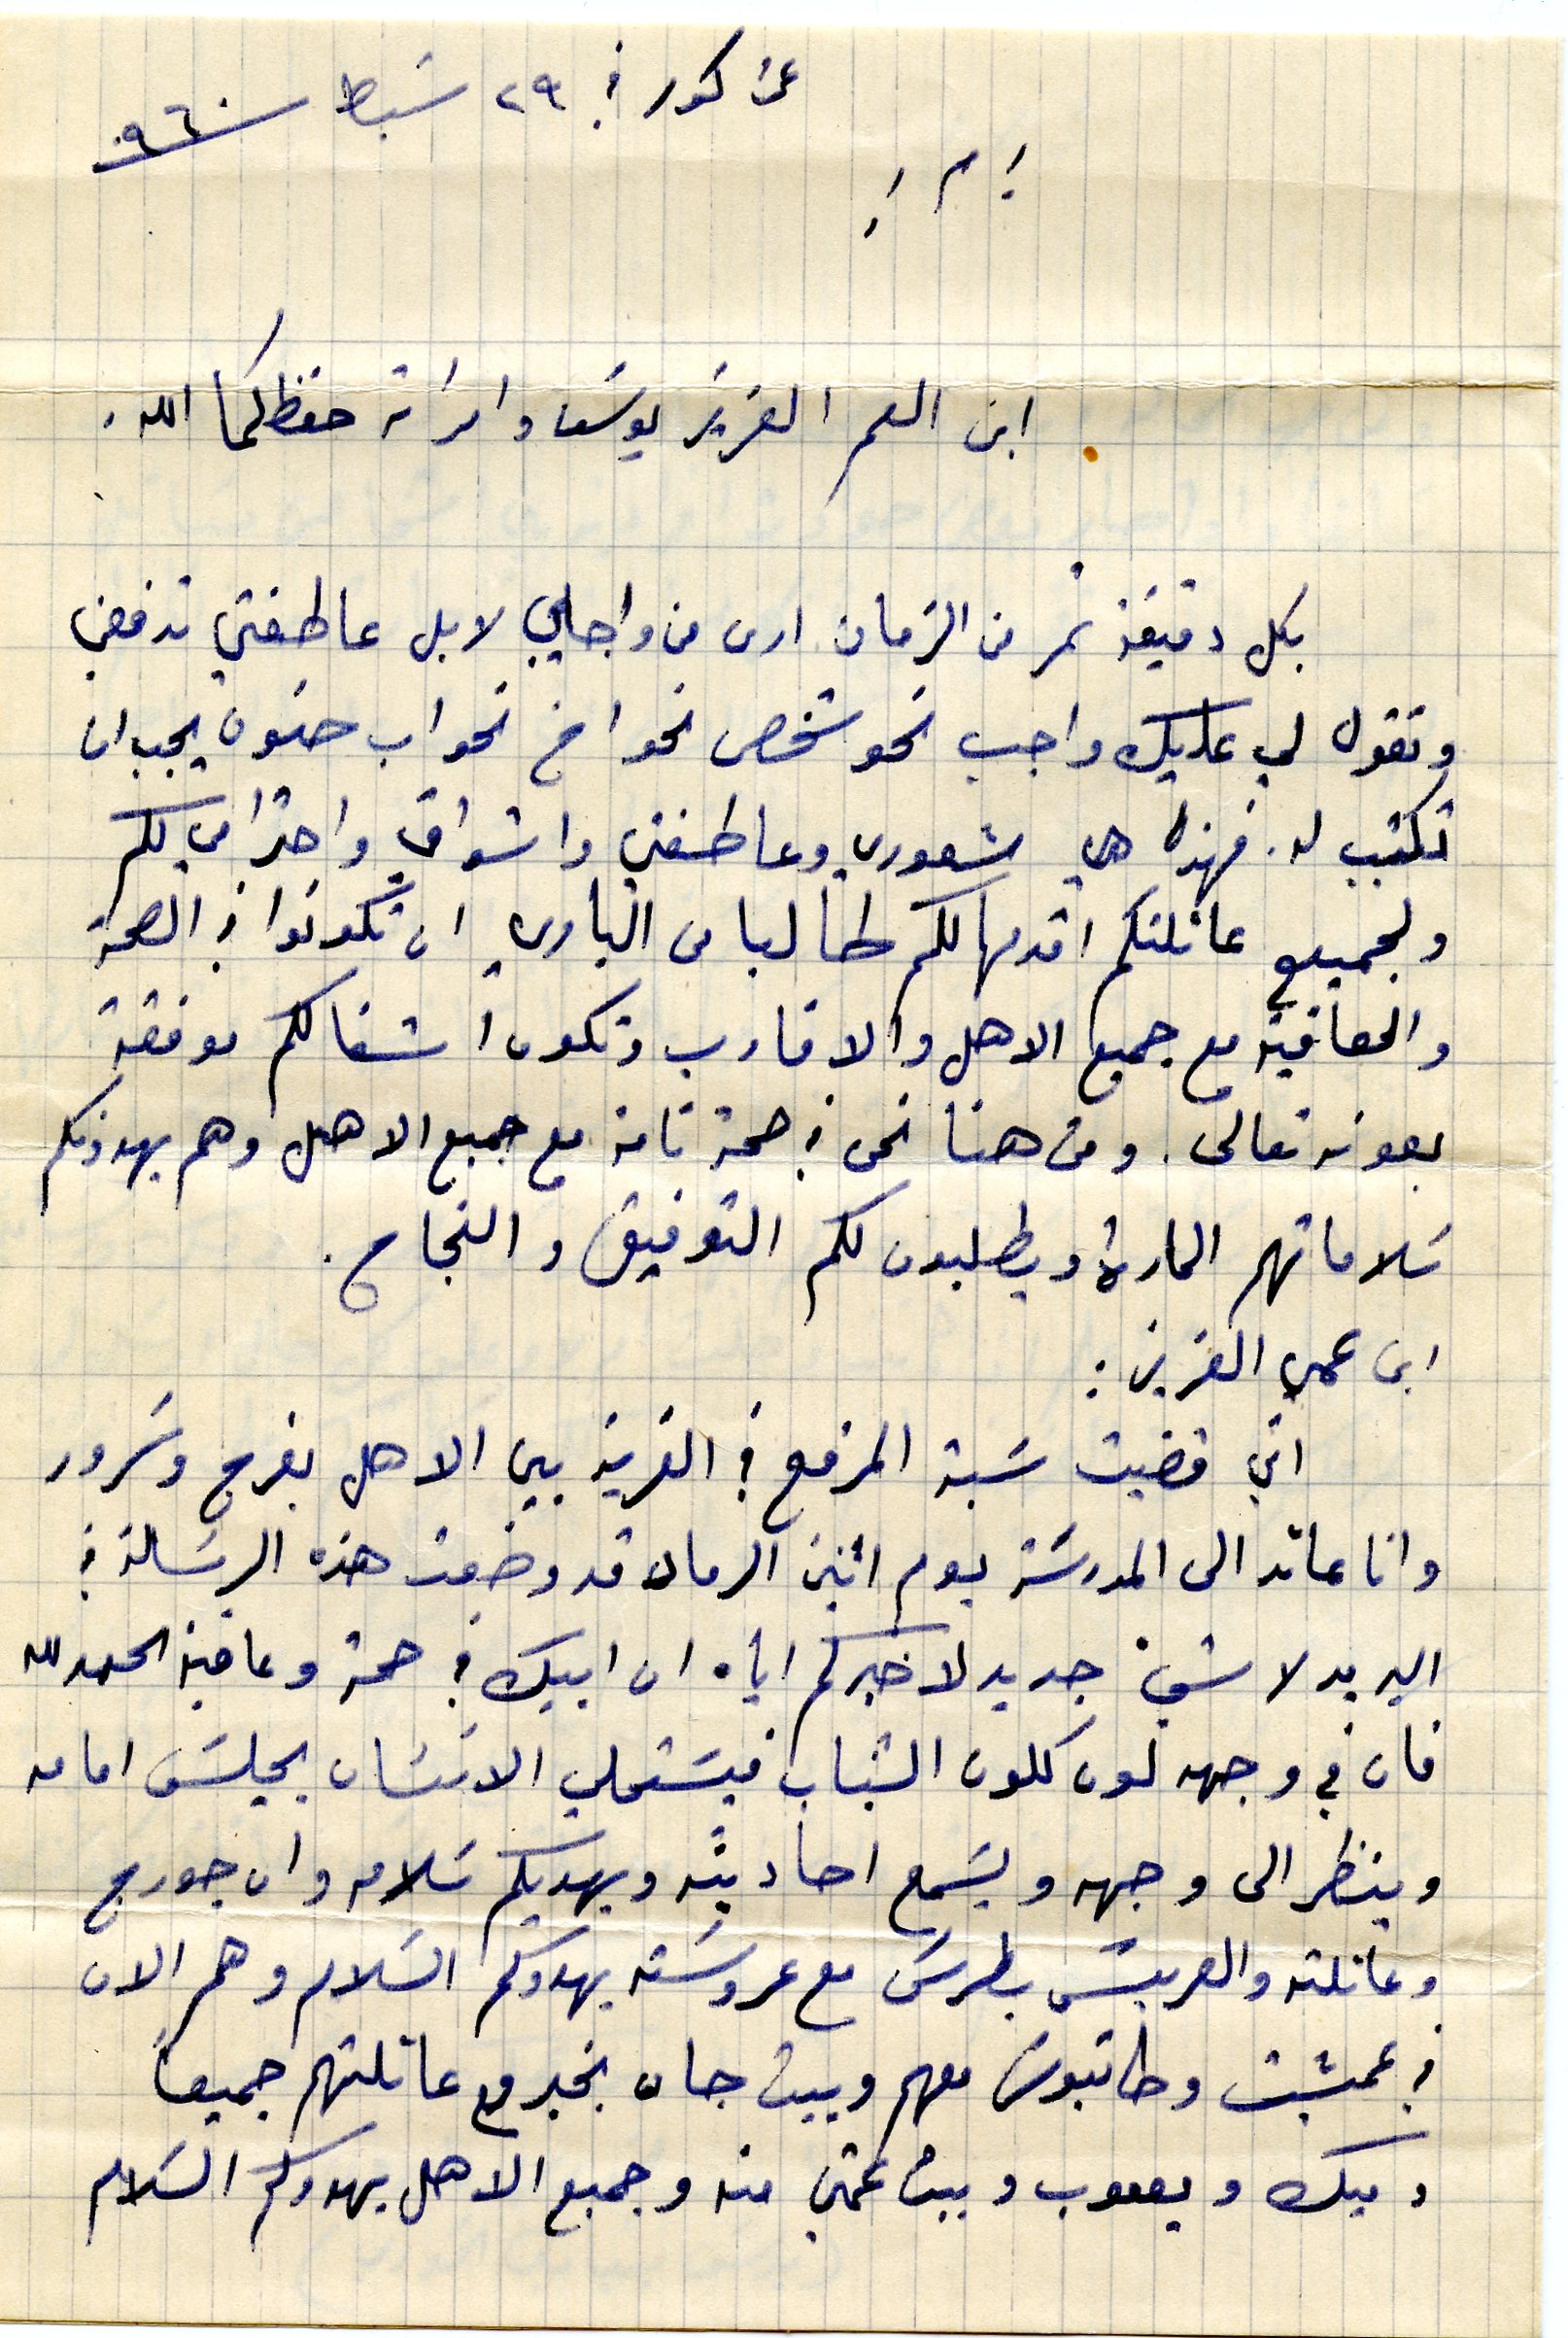
عن كور في ٢٩ شباط سنة ٩٦٠
ابن العم العزيز يوسف وامراته حفظكما الله.
بكل دقيقة تمر من الزمان ارى من واجابي لا بل عاطفتي ترفض
وتقول لي عليك واجب نحو شخص نحو اخ نحو اب حنون يجب ان
تكتب له. فهذا هي شعوري وعاطفتي واشواقي واحترامي لكم
ولجميع عائلتكم اثديها لكم طالبا من الباري ان تكونوا في الصحة
والعافية مع جميع الاهل والاقارب وتكون اشغالكم موفقة
بعونه تعالى. ومن هنا نحن في صحة تامة مع جميع الاهل وهم يهدونكم
سلاماتهم الحارة ويطلبون لكم التوفيق والنجاح.
ابن عمي العزيز:
اني قضيت سبة المرفع في القرية بين الاهل بفرح وسرور
وانا عائد الى المدرسَة يوم اثنين الرماد قد وضعت هذه الرسالة في
البريد لا شيء جديد لاخبركم اياه ان ابيك في صحة وعافية الحمد لله
فان في وجهه لون كلون الشباب فيَستحلي الانسان يجلسَ امامه
وينظر الى وجهه ويَسمع احاديثه ويهديكم سَلامه وان جورج
وعائلته والعريس بطرس مع عروسته يهدوكم السلام وهم الان
في عمشيت وطانيوس معهم وبيت جان بخير مع عائلتهم جميعاً
وخيك وعقوب وبيت عمتي منه وجميع الاهل يهدوكم السلام